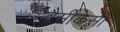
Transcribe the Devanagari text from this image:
ब्रैसीकेसी